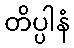
တိပ္ပါနံ